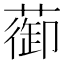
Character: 蓹